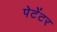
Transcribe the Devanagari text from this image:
पेटेंटर